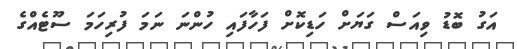
އަގު ބޮޑު ވިއަސް ގަޔަށް ހަޑިކޮށް ފަހާފައި ހުންނަ ނަމަ ފުރިހަމަ ސޫޓެއްގެ